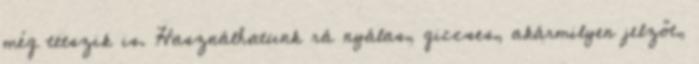
még tetszik is. Használhatunk rá nyálas, giccses, akármilyen jelzőt,